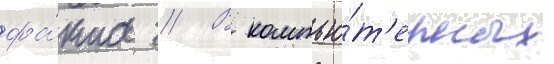
фа́кта // В компью́т'ерных